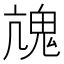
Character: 𩲋